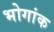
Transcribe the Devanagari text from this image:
भोगांक